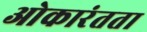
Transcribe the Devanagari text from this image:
ओकारंतता